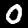
Digit: 0